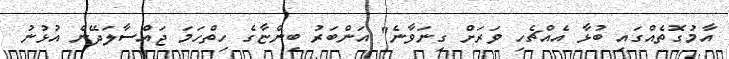
އާމުގޮތެއްގައި ބުޅާ އެއްޗެހި ވަރަށް ގިނަވާނެ" އަންބަރު ބިންޏާގެ ހިތްހަމަ ޖައްސާލަދޭން އުޅުނު